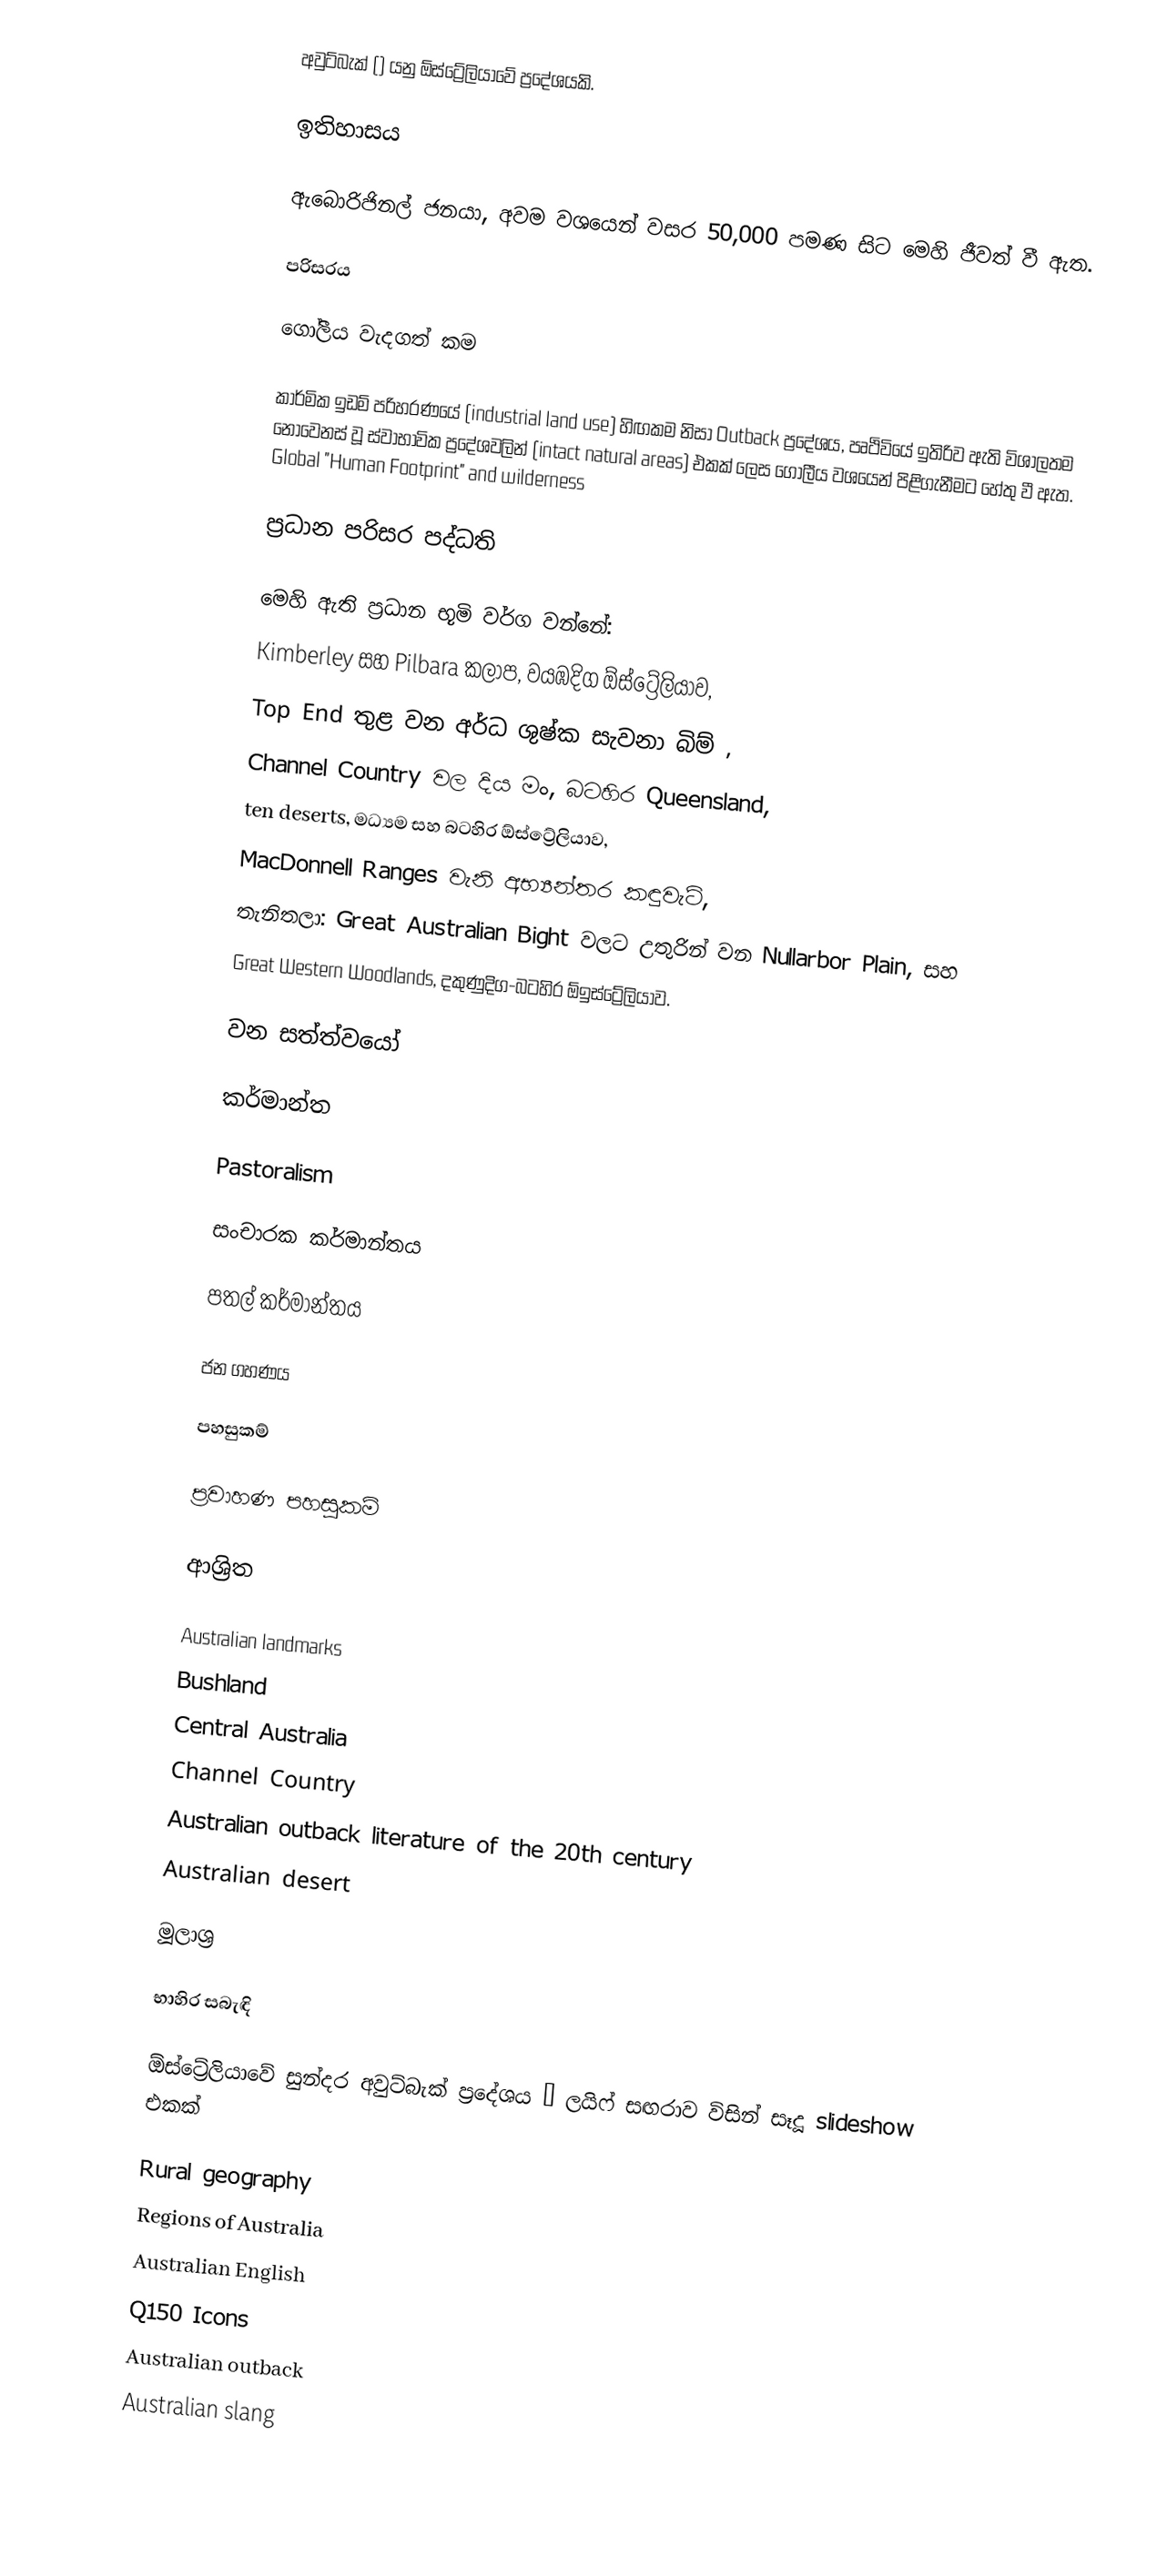
අවුට්බැක් () යනු ඕස්ට්‍රේලියාවේ ප්‍රදේශයකි.

ඉතිහාසය

ඇබොරිජිනල් ජනයා, අවම වශයෙන් වසර 50,000 පමණ සිට මෙහි ජීවත් වී ඇත.

පරිසරය

ගෝලීය වැදගත් කම

කාර්මික ඉඩම් පරිහරණයේ (industrial land use) හිඟකම නිසා Outback ප්‍රදේශය, පෘථිවියේ ඉතිරිව ඇති විශාලතම නොවෙනස් වූ ස්වාභාවික ප්‍රදේශවලින් (intact natural areas) එකක් ලෙස ගෝලීය වශයෙන් පිළිගැනීමට හේතු වී ඇත. Global "Human Footprint" and wilderness

ප්‍රධාන පරිසර පද්ධති

මෙහි ඇති ප්‍රධාන භූමි වර්ග වන්නේ:
 Kimberley සහ Pilbara කලාප, වයඹදිග ඕස්ට්‍රේලියාව,
 Top End තුළ වන අර්ධ ශුෂ්ක සැවනා බිම් ,
 Channel Country වල දිය මං, බටහිර Queensland,
 ten deserts, මධ්‍යම සහ බටහිර ඕස්ට්‍රේලියාව,
 MacDonnell Ranges වැනි අභ්‍යන්තර කඳුවැටි,
 තැනිතලා: Great Australian Bight වලට උතුරින් වන Nullarbor Plain, සහ
 Great Western Woodlands, දකුණුදිග-බටහිර ඕඉස්ට්‍රේලියාව.

වන සත්ත්වයෝ

කර්මාන්ත

Pastoralism

සංචාරක කර්මාන්තය

පතල් කර්මාන්තය

ජන ගහණය

පහසුකම්

ප්‍රවාහණ පහසුකම්

ආශ්‍රිත

Australian landmarks
Bushland
Central Australia
Channel Country
Australian outback literature of the 20th century
Australian desert

මූලාශ්‍ර

භාහිර සබැඳි

ඕස්ට්‍රේලියාවේ සුන්දර අවුට්බැක් ප්‍රදේශය – ලයිෆ් සඟරාව විසින් සෑදූ slideshow එකක්

Rural geography
Regions of Australia
Australian English
Q150 Icons
Australian outback
Australian slang